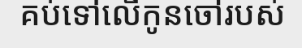
គប់ទៅលើកូនចៅរបស់